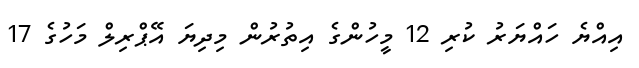
އިއްޔެ ހައްޔަރު ކުރި 12 މީހުންގެ އިތުރުން މިދިޔަ އޭޕްރިލް މަހުގެ 17